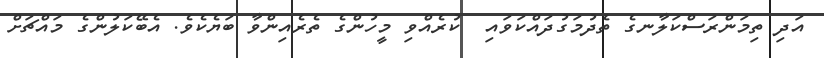
އަދި ތިމަންރަސްކަލާނގެ ތެދުމަގުދައްކަވައި  ކުރެއްވި މީހުންގެ ތެރެއިންވާ ބަޔެކެވެ. އެބޭކަލުންގެ މައްޗަށް